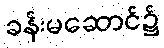
ခန်းမဆောင်၌